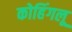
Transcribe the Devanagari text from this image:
कोहिंगलू